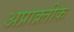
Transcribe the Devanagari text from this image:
अप्राक्र्तीक